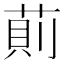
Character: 萴